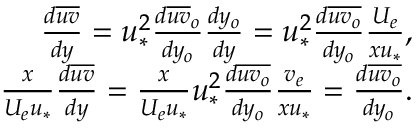
\begin{array} { r } { \frac { d \overline { { u v } } } { d y } = u _ { * } ^ { 2 } \frac { d \overline { { u v } } _ { o } } { d y _ { o } } \frac { d y _ { o } } { d y } = u _ { * } ^ { 2 } \frac { d \overline { { u v _ { o } } } } { d y _ { o } } \frac { U _ { e } } { x u _ { * } } , } \\ { \frac { x } { U _ { e } u _ { * } } \frac { d \overline { { u v } } } { d y } = \frac { x } { U _ { e } u _ { * } } u _ { * } ^ { 2 } \frac { d \overline { { u v _ { o } } } } { d y _ { o } } \frac { v _ { e } } { x u _ { * } } = \frac { d \overline { { u v _ { o } } } } { d y _ { o } } . } \end{array}